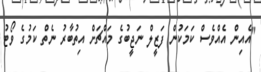
"އެއިން އެއްވެސް ކަމަކުން ފަޒީލް ނަޖީބުގެ މައްޗަށް އިތުބާރު ނެތް ކަމުގެ ވޯޓު